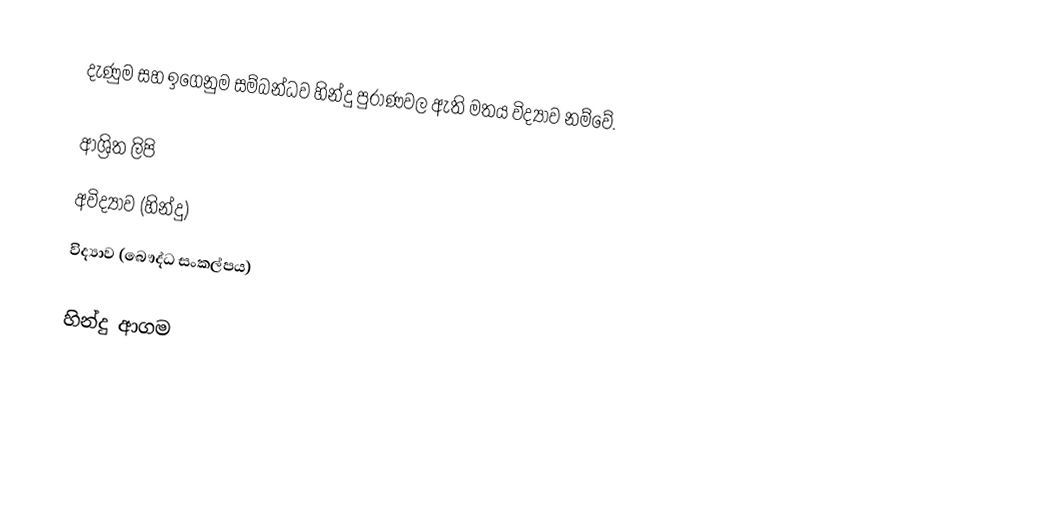
දැණුම සහ ඉගෙනුම සම්බන්ධව හින්දු පුරාණවල ඇති මතය විද්‍යාව  නම්වේ.

ආශ්‍රිත ලිපි
 අවිද්‍යාව (හින්දු)
 විද්‍යාව (බෞද්ධ සංකල්පය)

හින්දු ආගම